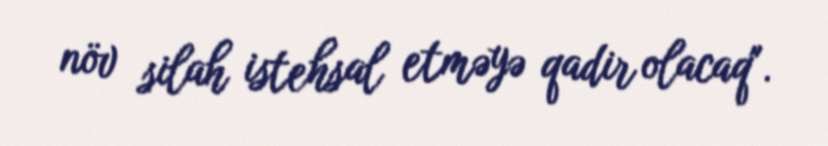
növ silah istehsal etməyə qadir olacaq".